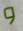
و